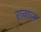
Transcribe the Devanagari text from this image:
रावाज